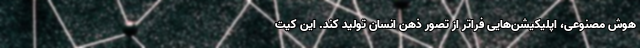
هوش مصنوعی، اپلیکیشن‌هایی فراتر از تصور ذهن انسان تولید کند. این کیت